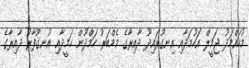
މުހައްމަދު ޖަމީލް އަހުމަދާއި އިނގުރައިދޫ ދާއިރާގެ މެމްބަރު ހަމްދޫން ހަމީދާއި އުނގޫފާރު ދާއިރާގެ